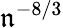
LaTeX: \mathfrak{n}^{-8/3}